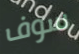
سوف